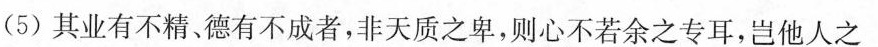
(5) 其业有不精、德有不成者，非天质之卑，则心不若余之专耳，岂他人之